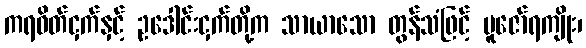
ကရဝိတ်ငှက်နှင့် ဥဒေါင်းငှက်တို့က သာယာသော တွန်သံဖြင့် ပူဇော်ရကျိုး၊